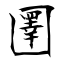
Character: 圛